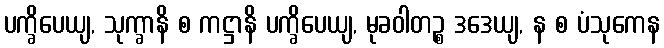
ပက္ခိပေယျ, သုက္ခာနိ စ ကဋ္ဌာနိ ပက္ခိပေယျ, မုခဝါတဉ္စ ဒဒေယျ, န စ ပံသုကေန